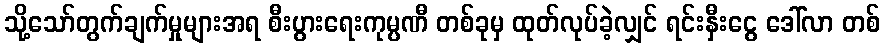
သို့သော်တွက်ချက်မှုများအရ စီးပွားရေးကုမ္ပဏီ တစ်ခုမှ ထုတ်လုပ်ခဲ့လျှင် ရင်းနှီးငွေ ဒေါ်လာ တစ်